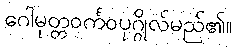
ဂေါမုတ္တဝင်္ကဝပုဂ္ဂိုလ်မည်၏။